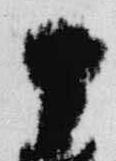
十